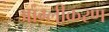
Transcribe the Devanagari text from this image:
आंग्लीकरण